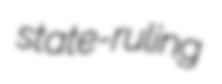
state-ruling